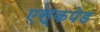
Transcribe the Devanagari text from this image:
एस्कपेड